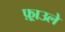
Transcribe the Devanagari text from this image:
फ़्राउले